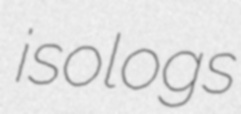
isologs